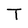
Character: T